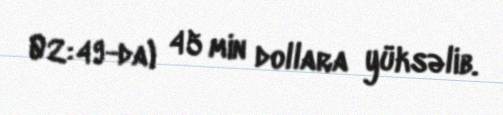
02:49-da) 45 min dollara yüksəlib.